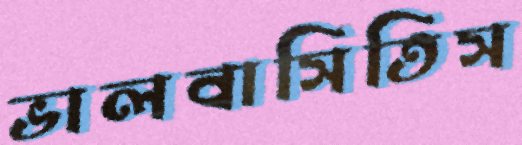
ভালবাসিতিস